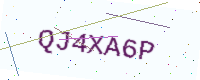
Text: QJ4XA6P